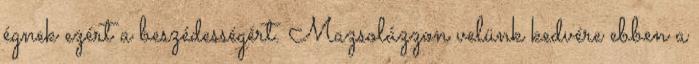
égnek ezért a beszédességért. Mazsolázzon velünk kedvére ebben a